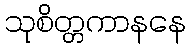
သုစိတ္တကာနနေ